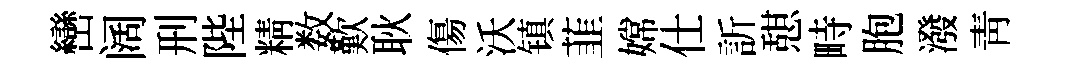
巒阔刑陛精数歎耿傷沃镇韮嫦仕訢憇畤胞潑青